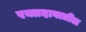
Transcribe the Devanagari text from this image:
रक्तदाबातील